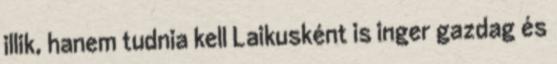
illik, hanem tudnia kell Laikusként is inger gazdag és